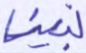
نبين